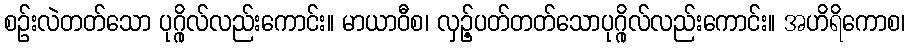
စဉ်းလဲတတ်သော ပုဂ္ဂိုလ်လည်းကောင်း။ မာယာဝီစ၊ လှဉ့်ပတ်တတ်သောပုဂ္ဂိုလ်လည်းကောင်း။ အဟိရိကောစ၊